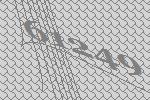
61249